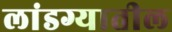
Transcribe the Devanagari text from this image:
लांडग्यातील